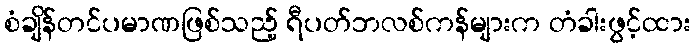
စံချိန်တင်ပမာဏဖြစ်သည့် ရီပတ်ဘလစ်ကန်များက တံခါးဖွင့်ထား